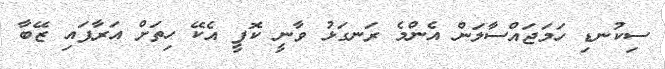
ސިކުނޑި ހަމަޖައްސާލަން އެންމެ ރަނގަޅު ވާނީ ކޮފީ އެކޭ ހިތަށް އަރާފައި ޒޭބާ